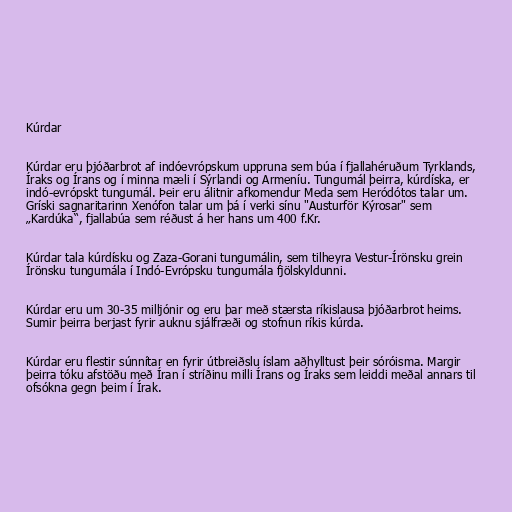
Kúrdar

Kúrdar eru þjóðarbrot af indóevrópskum uppruna sem búa í fjallahéruðum Tyrklands,
Íraks og Írans og í minna mæli í Sýrlandi og Armeníu. Tungumál þeirra, kúrdíska, er
indó-evrópskt tungumál. Þeir eru álitnir afkomendur Meda sem Heródótos talar um.
Gríski sagnaritarinn Xenófon talar um þá í verki sínu "Austurför Kýrosar" sem
„Kardúka“, fjallabúa sem réðust á her hans um 400 f.Kr.

Kúrdar tala kúrdísku og Zaza-Gorani tungumálin, sem tilheyra Vestur-Írönsku grein
Írönsku tungumála í Indó-Evrópsku tungumála fjölskyldunni.

Kúrdar eru um 30-35 milljónir og eru þar með stærsta ríkislausa þjóðarbrot heims.
Sumir þeirra berjast fyrir auknu sjálfræði og stofnun ríkis kúrda.

Kúrdar eru flestir súnnítar en fyrir útbreiðslu íslam aðhylltust þeir sóróisma. Margir
þeirra tóku afstöðu með Íran í stríðinu milli Írans og Íraks sem leiddi meðal annars til
ofsókna gegn þeim í Írak.